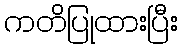
ကတိပြုထားပြီး